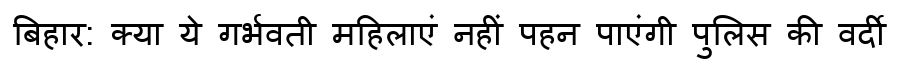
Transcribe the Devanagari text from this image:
बिहार: क्या ये गर्भवती महिलाएं नहीं पहन पाएंगी पुलिस की वर्दी